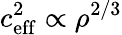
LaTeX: c_{\mathrm{eff}}^{2}\propto\rho^{2/3}